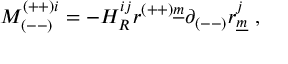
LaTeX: M _ { ( -- ) } ^ { ( + + ) i } = - H _ { R } ^ { i j } r ^ { ( + + ) \underline { { { m } } } } \partial _ { ( -- ) } r _ { \underline { { { m } } } } ^ { j } ~ ,